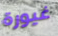
غيورة